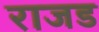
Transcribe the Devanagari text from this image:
राजड